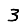
Digit: 3